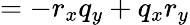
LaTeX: =-r_{x}q_{y}+q_{x}r_{y}